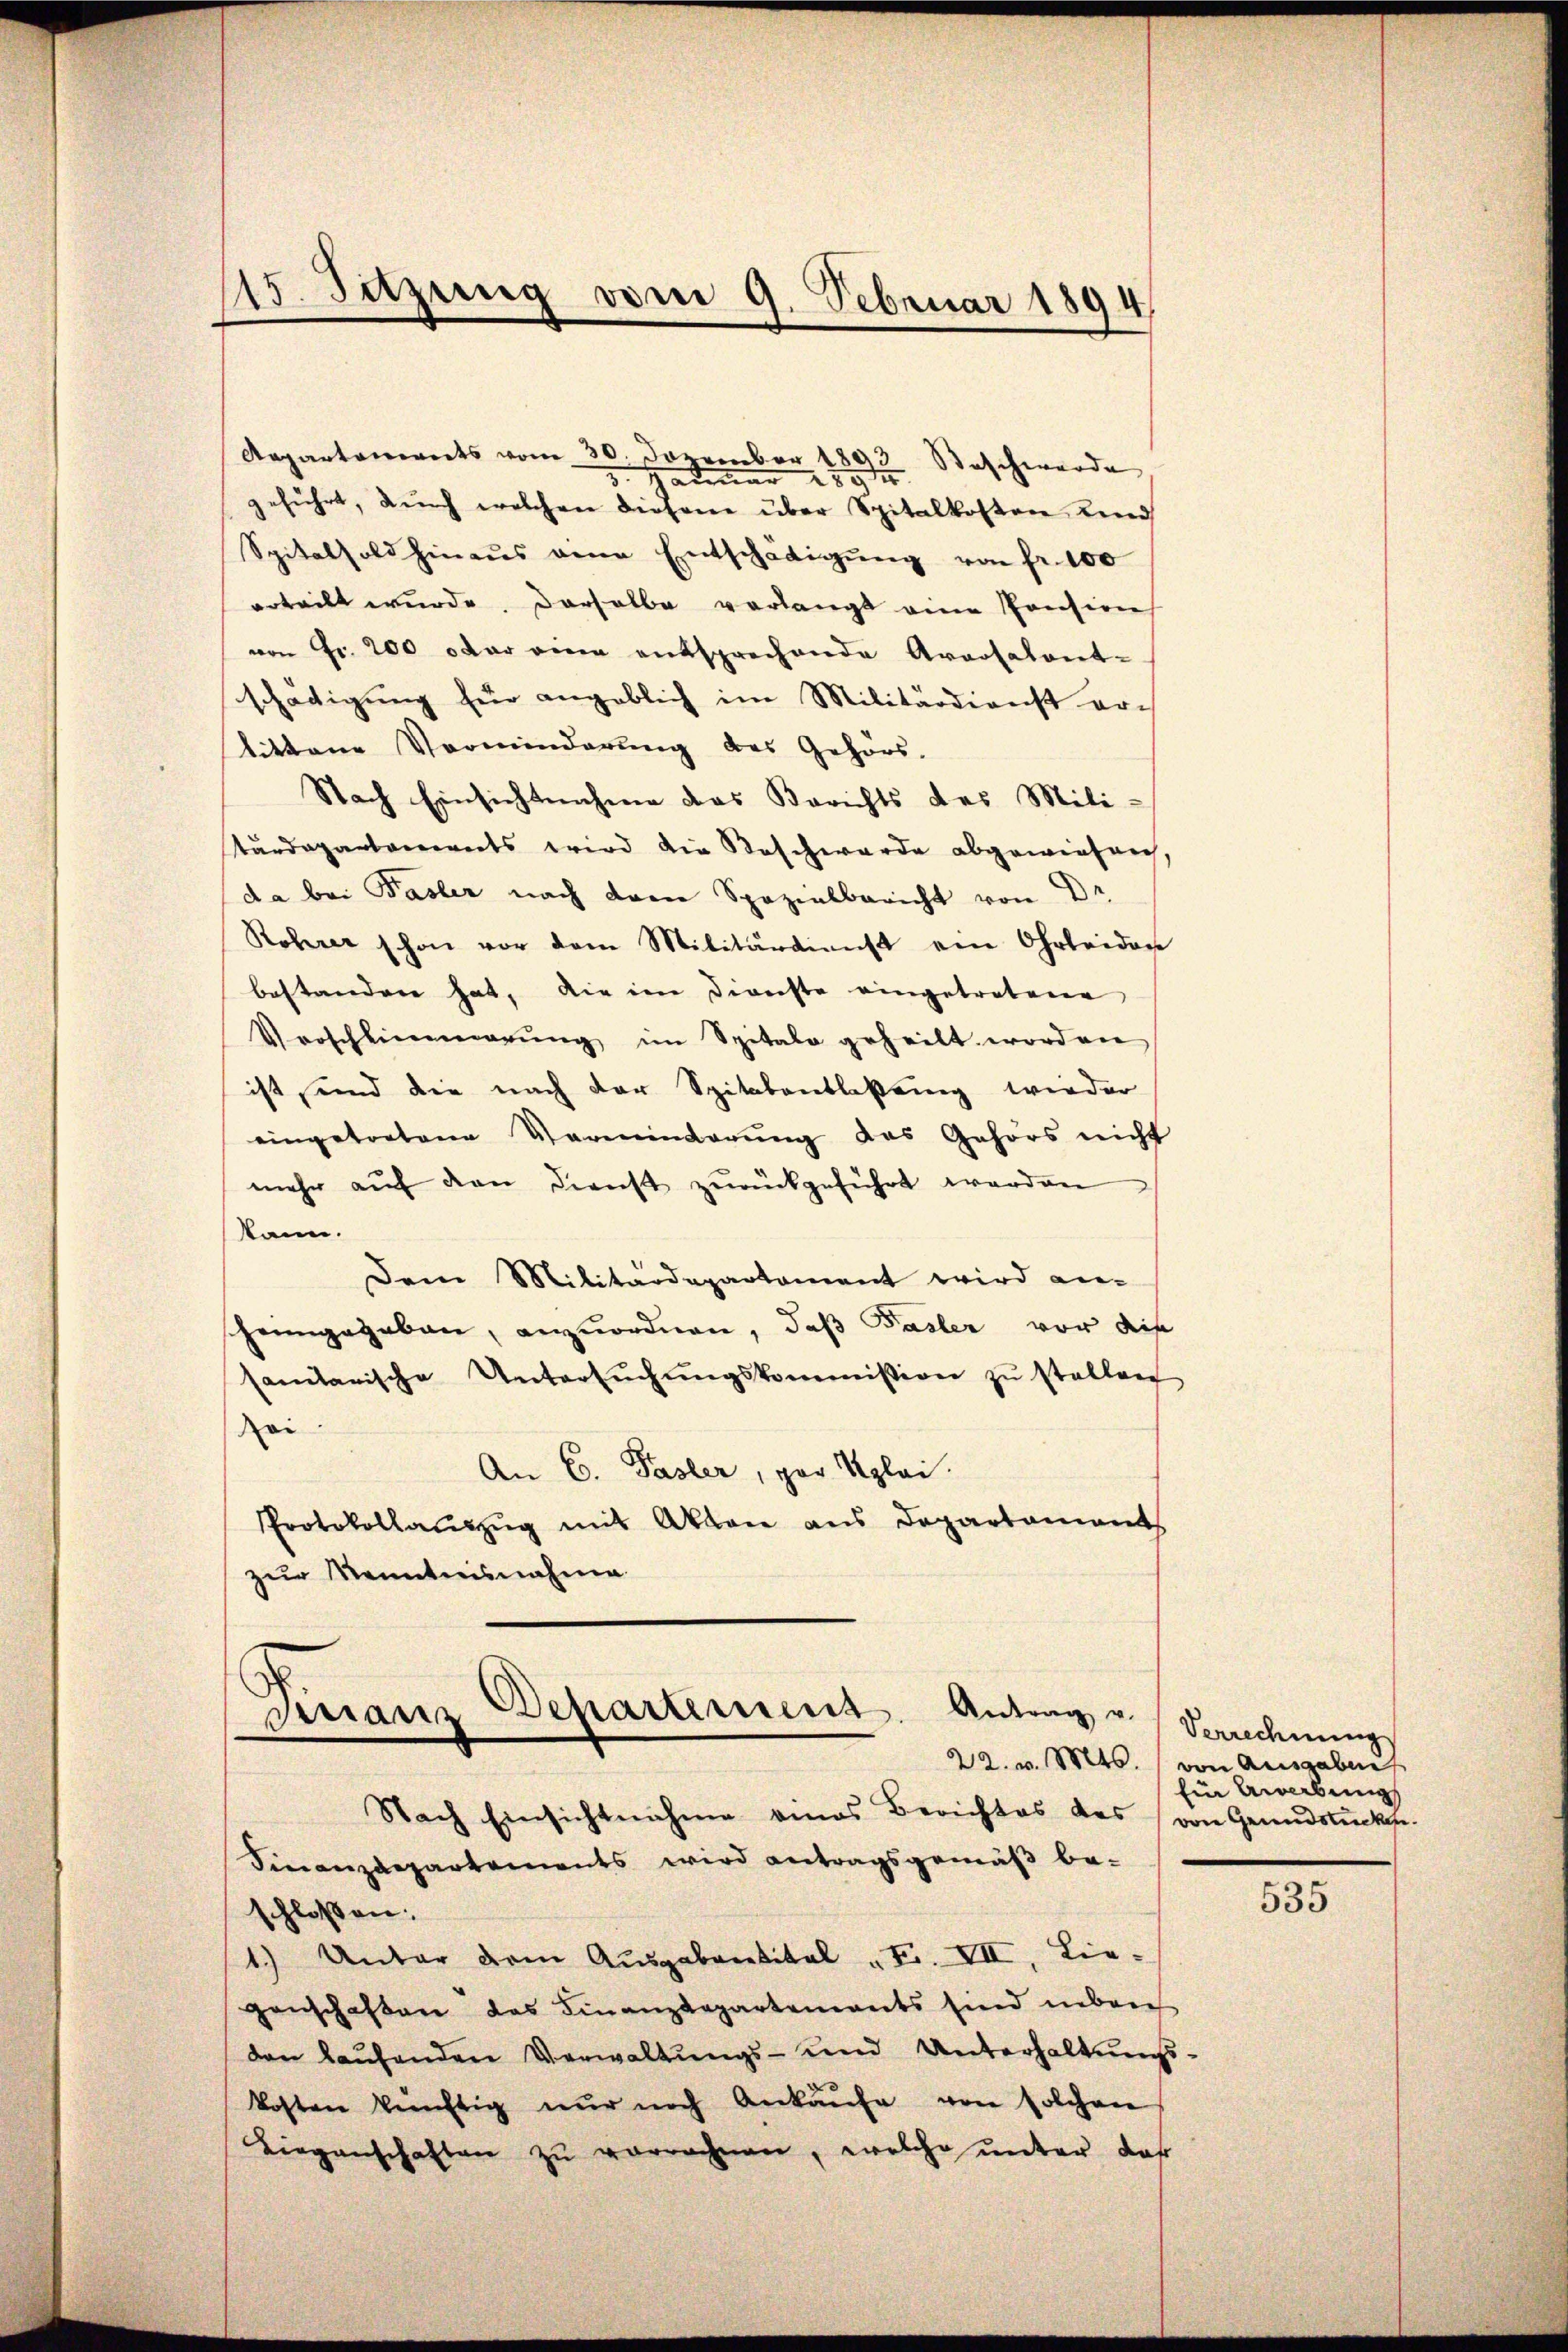
115. Setzung vom 9. Februar 1894.

Aepartements vom 30. Dezember 1893 Beschwerde
3. Januar 1894
geführt, durch welchen diesem über Spitalkosten Kind
Spitalfold hinaus eine Entschädigŭng von fr. 100
erteilt wurde. Derselbe verlangt eine Pension
von Fr. 200 oder eine entsprechende Araosatent-
schädigung für angeblich im Militärdienst er-
tittene Verminderung des Gehörs-
Nach Einsichtnahme das Berichts des Mili-
tärdepartarereits wird die Beschwerde abgewiesen
da bei Pasler nach drei Spezialbericht von Dr
Rohrer schon vor dem Militärdienst ein Ohrleiden
bestanden hat, die im Dienste eingetretene
Vorschlimmerung im Spitalo geheilt worden
ist, und die nach der Spitalentlaßung wieder
eingetretene Verminderŭng des Gehörs nicht
mehr aŭf den Dienst zŭrückgeführt worden
kann.
Dem Militärdepartement wird an-
scheingegeben, anzuordnen, daß Pasler vor dis
samtanische Untersŭchŭngskommission zu stellen
Rei
An C. Pasler, par Uploi.
Protokollaŭszŭg mit Akten ans Departaments
zur Kenntnisnahme

Finanzdepartements wird antragsgemäß be-
schloßen:
1) Unter dem Aŭsgabentitel " F. VII, Lie-
genschaften das Finanzdepartements sind neben
den laufenden Verwaltungs- und Unterhaltungskosten künftig nur nach Ankaufe von solchen
Liegenschaften zŭ verrechnen, welche unter das

Finanz Departement. Antrag u. Verrechnung
Nach Einsichtnahme eines Berichtes des von Grundstücken.

22. v. Mts. von Ausgaben
Ein Anerbung

535